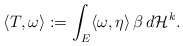
\begin{align*}\langle T,\omega\rangle:=\int_E \langle \omega,\eta\rangle\,\beta\,d\mathcal H^k.\end{align*}